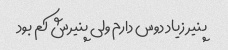
پنیر زیاد دوس دارم ولی پنیرش کم بود